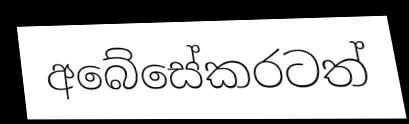
අබේසේකරටත්